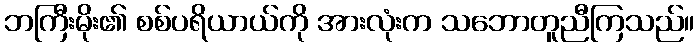
ဘကြီးမိုး၏ စစ်ပရိယာယ်ကို အားလုံးက သဘောတူညီကြသည်။